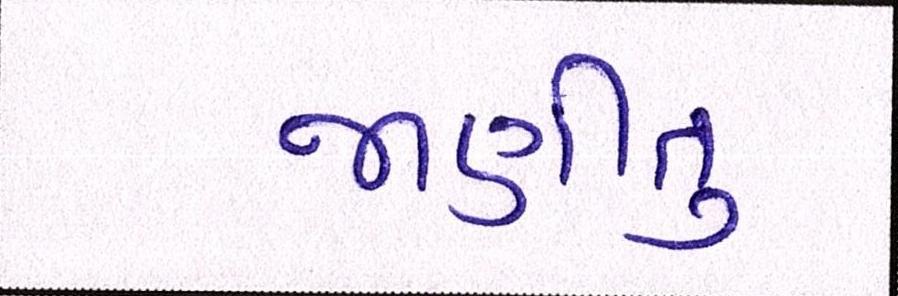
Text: જાણીતુ